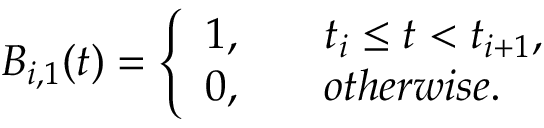
B _ { i , 1 } ( t ) = \left\{ \begin{array} { l l } { 1 , \quad } & { t _ { i } \leq t < t _ { i + 1 } , } \\ { 0 , \quad } & { o t h e r w i s e . } \end{array} \right.